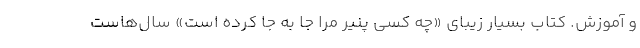
و آموزش. کتاب بسیار زیبای «چه کسی پنیر مرا جا به جا کرده است» سال‌هاست